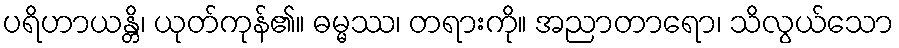
ပရိဟာယန္တိ၊ ယုတ်ကုန်၏။ ဓမ္မဿ၊ တရားကို။ အညာတာရော၊ သိလွယ်သော